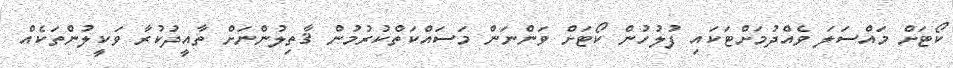
ކޯޓަށް މައްސަލަ ވެއްދުމަށްޓަކައި ފުލުހުން ކޯޓަށް ވަންނަން މަސައްކަތްކުރުމުން ޤާތިލުންނަށް ތާއީދުކުރާ ވަކީލުންތަކެއް